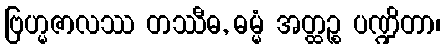
ဗြဟ္မဇာလဿ တဿီဓ, ဓမ္မံ အတ္ထဉ္စ ပဏ္ဍိတာ၊